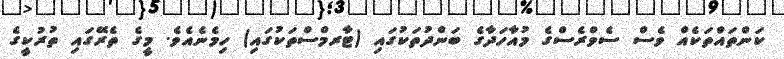
ކަންތައްތަކެއް ވެސް ސެވްރެސްގެ މުއާހަދާގެ ބަންދުތަކުގައި (ޓާރމްސްތަކުގައި) ހިމެނެއެވެ. މީގެ ތެރޭގައި ތުރުކީގެ